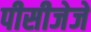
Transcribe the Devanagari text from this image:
पीसीजेजे